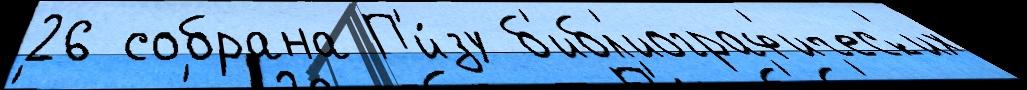
26 собрана П'и́зу б'ибл'иограф'ическ'их